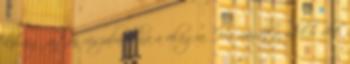
koráig, aztán rászabadulna a világra. Ha mondta, akkor oké,